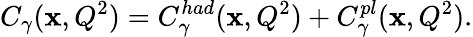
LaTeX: C_{\gamma}(\mathbf{x},Q^{2})=C_{\gamma}^{had}(\mathbf{x},Q^{2})+C_{\gamma}^{pl}(\mathbf{x},Q^{2}).